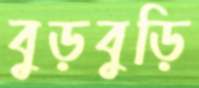
বুড়বুড়ি